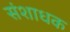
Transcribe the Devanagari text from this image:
संशाधक